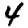
Digit: 4